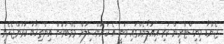
ޖެންޑާ މިނިސްޓްރީން ކުރި އިއުލާނެއްގައި ވަނީ އެ ކައުންސިލަށް މެމްބަރުން އިންތިޚާބު ކުރަންޖެހެނީ